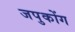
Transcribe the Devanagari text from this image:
जपुकोंग